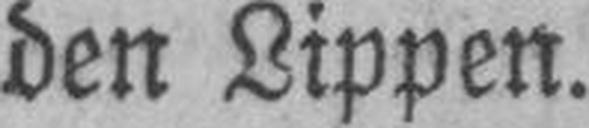
den Lippen.